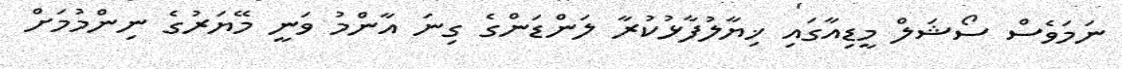
ނަމަވެސް ސޯޝަލް މީޑިއާގައި ޚިޔާލުފާޅުކުރާ ލަންޑަންގެ ގިނަ އާންމު ވަނީ މޭޔަރުގެ ނިންމުމަށް